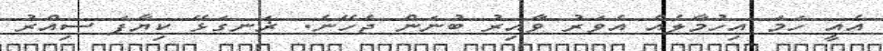
އެއީ ހަމަ އިހުމާލެއް އެވަރު ވާއިރު ބުނަން ޖެހޭނެ. ޜަނގަޅޭ ކިޔާފަ ސިއްރު